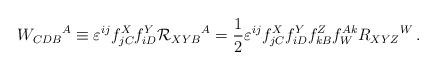
LaTeX: \begin{align*}W_{CDB}{}^A \equiv \varepsilon ^{ij} f^X_{jC} f^Y_{iD} {\cal R}_{XYB}{}^A = \frac 12 \varepsilon ^{ij} f^X_{jC} f^Y_{iD} f_{kB}^Z f_W^{Ak}R_{XYZ}{}^W\,.\end{align*}